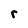
Character: r